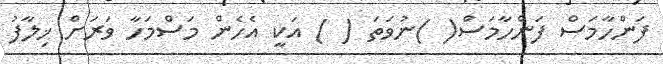
ފަންހާމަސް ފަންހާމަސް( )ނުވަތަ ( ) އަކީ އެހެން މަސްމަހާ ވަރަށް ޚިލާފު